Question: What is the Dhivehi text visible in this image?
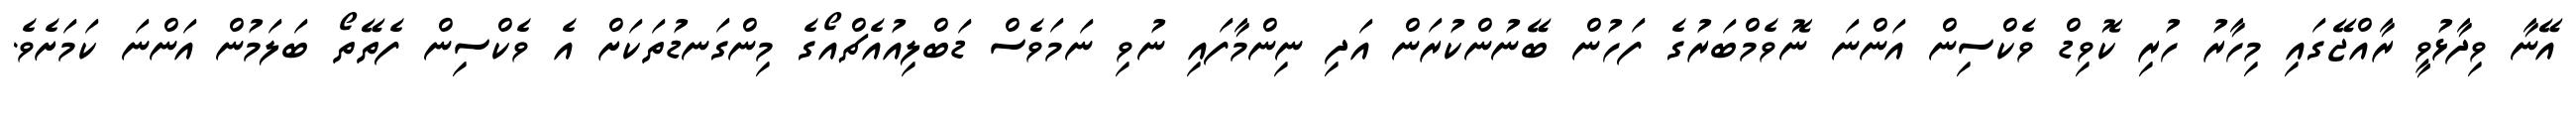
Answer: އޭނާ ވިދާޅުވީ ރާއްޖޭގައި މިހާރު ހުރި ކޮވިޑް ވެކްސިން އަންނަ ނޮވެމްބަރުގެ ފަހުން ބޭނުންކުރަން އަދި ނިންމާފައި ނުވި ނަމަވެސް ޑަބްލިއުއެޗްއޯގެ މިންގަނޑުތަކަށް އެ ވެކްސިން ފެތޭތޯ ބަލަމުން އަންނަ ކަމަށެވެ.